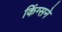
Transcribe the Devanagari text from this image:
किंग्सने